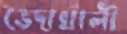
ভেদাখালী